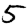
Digit: 5